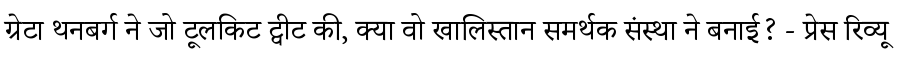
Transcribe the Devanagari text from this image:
ग्रेटा थनबर्ग ने जो टूलकिट ट्वीट की, क्या वो खालिस्तान समर्थक संस्था ने बनाई? - प्रेस रिव्यू